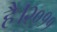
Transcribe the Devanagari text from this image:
है।२०११